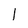
Character: l